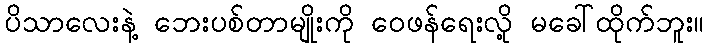
ပိသာလေးနဲ့ ဘေးပစ်တာမျိုးကို ဝေဖန်ရေးလို့ မခေါ်ထိုက်ဘူး။